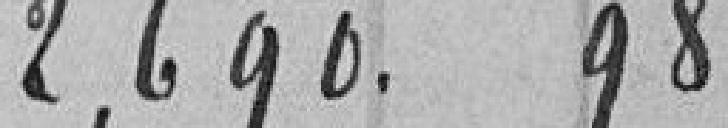
2,690.98